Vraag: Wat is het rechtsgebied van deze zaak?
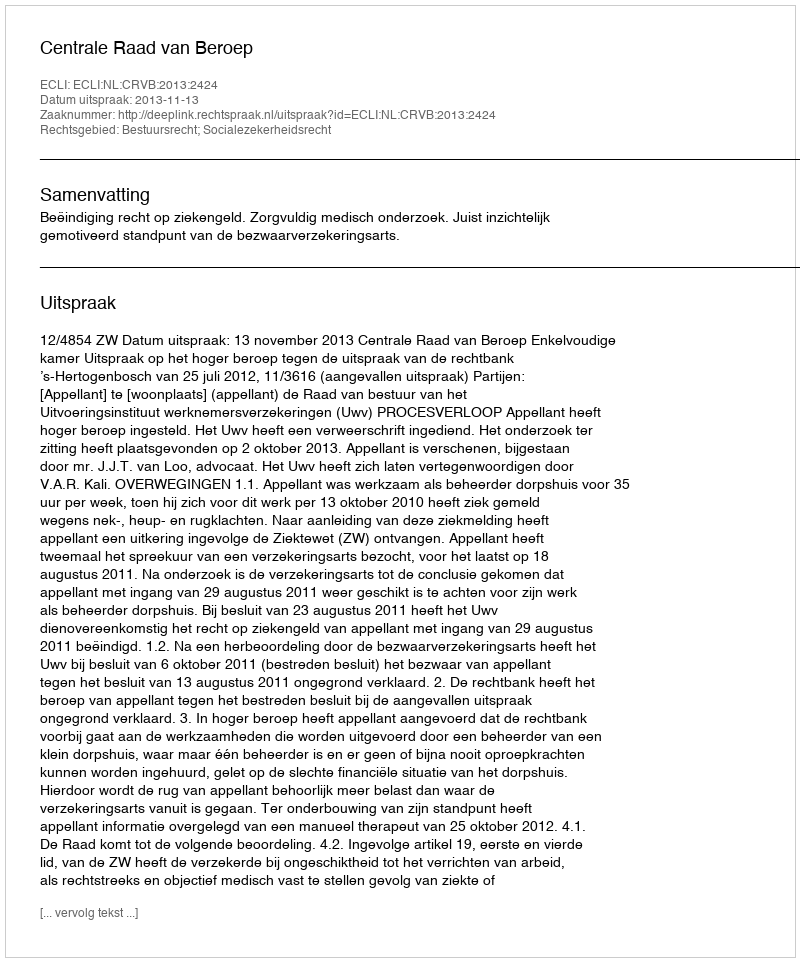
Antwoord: Bestuursrecht; Socialezekerheidsrecht